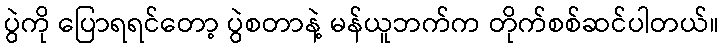
ပွဲကို ပြောရရင်တော့ ပွဲစတာနဲ့ မန်ယူဘက်က တိုက်စစ်ဆင်ပါတယ်။